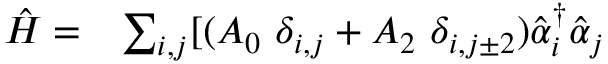
\begin{array} { l l } { \hat { H } = } & { \sum _ { i , j } [ { ( A _ { 0 } \ { \delta } _ { i , j } + A _ { 2 } \ { \delta } _ { i , j \pm 2 } ) \hat { \alpha } _ { i } ^ { { \dagger } } \hat { \alpha } _ { j } } } \end{array}